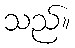
သည်။